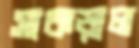
সাকড়াল